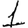
Digit: 1